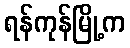
ရန်ကုန်မြို့က